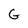
Character: G